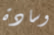
وسادة